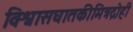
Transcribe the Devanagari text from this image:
विश्वासघातकीमित्रद्रोही